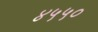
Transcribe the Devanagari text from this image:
४५५०